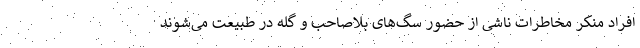
افراد منکر مخاطرات ناشی از حضور سگ‌های بلاصاحب و گله در طبیعت می‌شوند